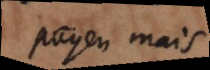
payen mais